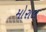
મોરાલ